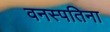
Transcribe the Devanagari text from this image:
वनस्पतिना